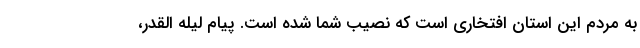
به مردم این استان افتخاری است که نصیب شما شده است. پیام لیله القدر،